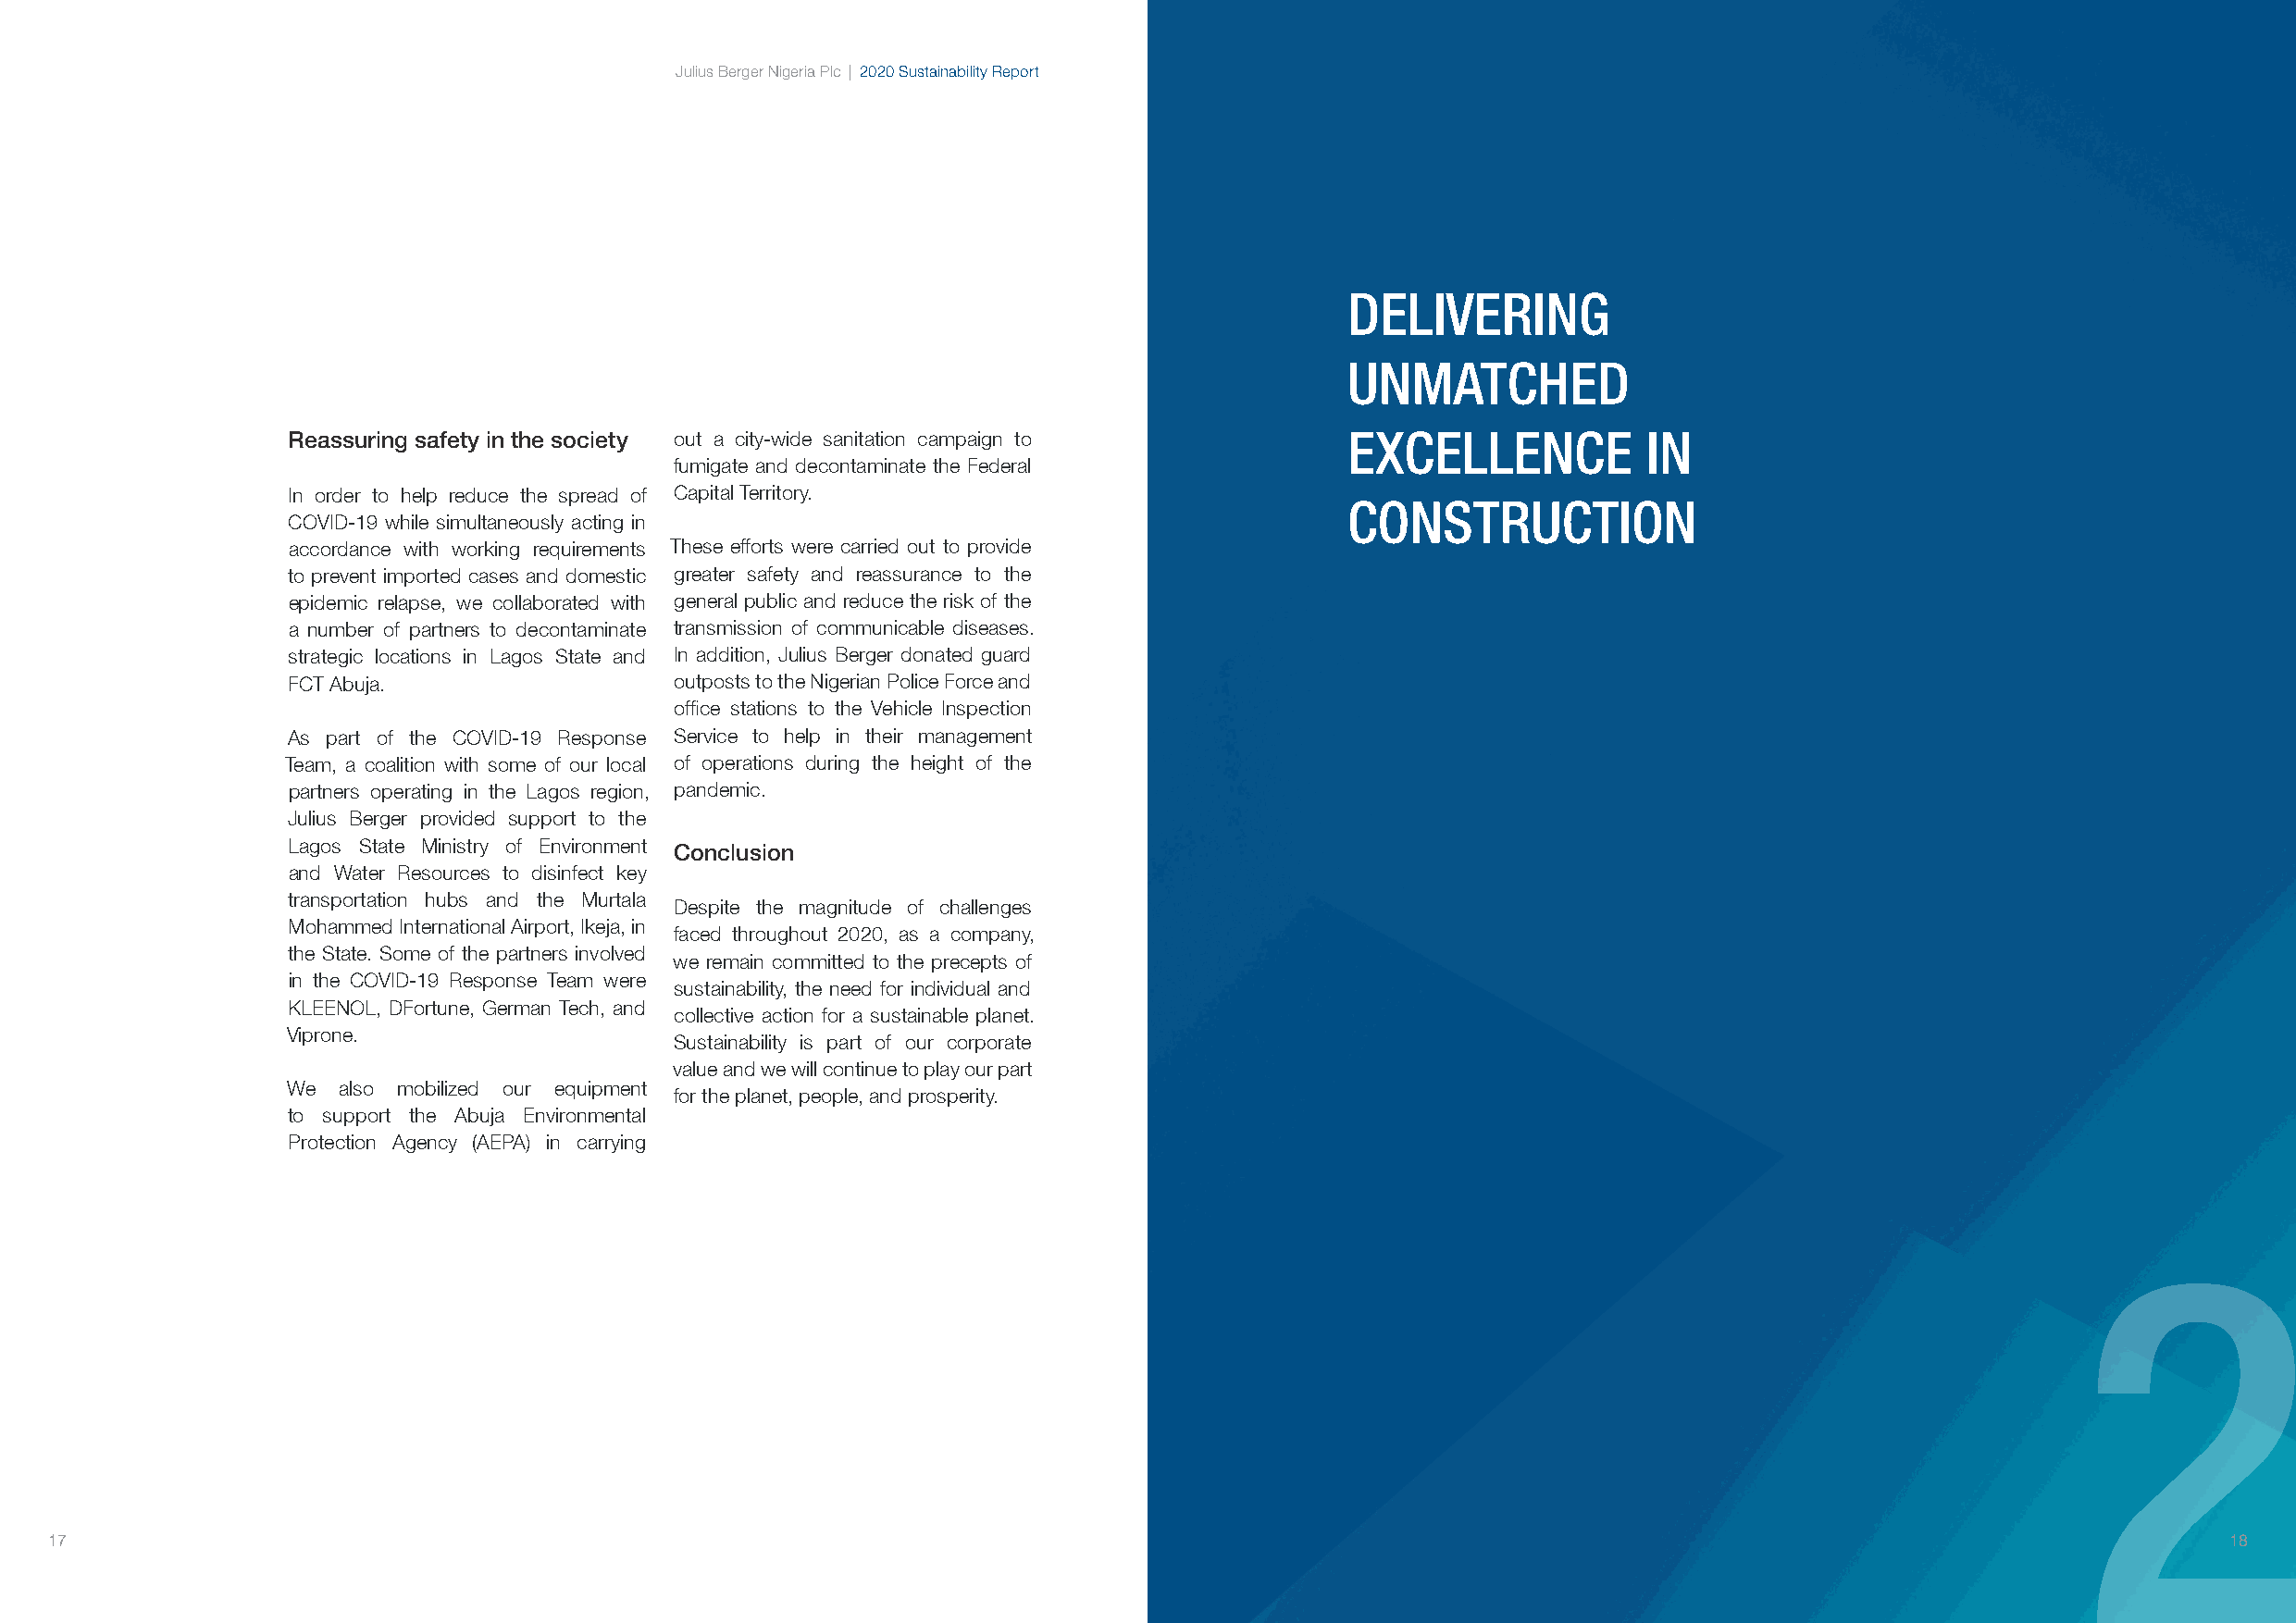
Julius Berger Nigeria Plc | 2020 Sustainability Report
 DELIVERING
 UNMATCHED
 Reassuring safety in the society out a city-wide sanitation campaign to    EXCELLENCE            IN
 fumigate and decontaminate the Federal
 In order to help reduce the spread of Capital Territory.
 CONSTRUCTION
 COVID-19 while simultaneously acting in
 accordance with working requirements These efforts were carried out to provide
 to prevent imported cases and domestic greater safety and reassurance to the
 epidemic relapse, we collaborated with general public and reduce the risk of the
 a number of partners to decontaminate transmission of communicable diseases.
 strategic locations in Lagos State and In addition, Julius Berger donated guard
 FCT Abuja.                 outposts to the Nigerian Police Force and
 office stations to the Vehicle Inspection
 As part of the COVID-19 Response Service to help in their management
 Team, a coalition with some of our local of operations during the height of the
 partners operating in the Lagos region, pandemic.
 Julius Berger provided support to the
 Lagos State Ministry of Environment Conclusion
 and Water Resources to disinfect key
 transportation hubs and the Murtala
 Despite the magnitude of challenges
 Mohammed International Airport, Ikeja, in
 faced throughout 2020, as a company,
 the State. Some of the partners involved
 we remain committed to the precepts of
 in the COVID-19 Response Team were
 sustainability, the need for individual and
 KLEENOL, DFortune, German Tech, and
 collective action for a sustainable planet.
 Viprone.
 Sustainability is part of our corporate
 value and we will continue to play our part
 We also mobilized our equipment
 for the planet, people, and prosperity.
 to support the Abuja Environmental
 Protection Agency (AEPA) in carrying
 2
 17                                                                                                                                                          18